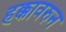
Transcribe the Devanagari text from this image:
हक्कावरुन